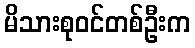
မိသားစုဝင်တစ်ဦးက